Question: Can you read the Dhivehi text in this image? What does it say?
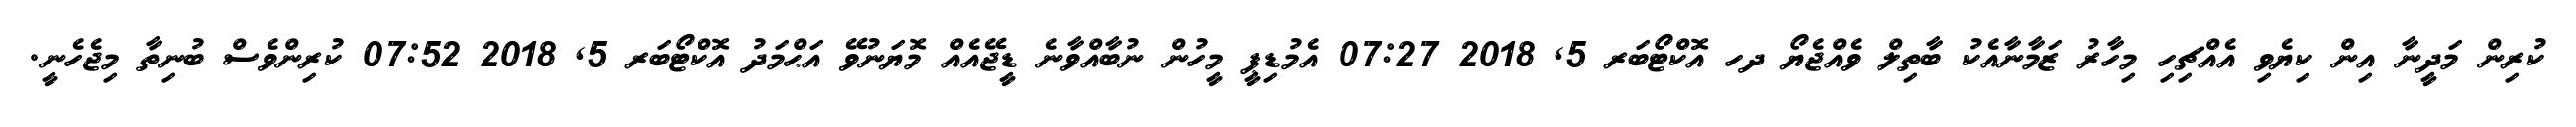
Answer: ކުރިން މަދީނާ އިން ކިޔެވި އެއްޗިހި މިހާރު ޒަމާނާއެކު ބާތިލް ވެއްޖެޔޯ ދހ އޮކްޓޯބަރ 5, 2018 07:27 އެމުޑިޕީ މީހުން ނުބާއްވާނެ ޑީޖޭއެއް މޮޔަނުވޭ އަޙްމަދު އޮކްޓޯބަރ 5, 2018 07:52 ކުރިންވެސް ބުނިތާ މިޖެހެނީ.